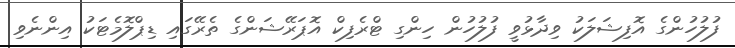
ފުލުހުންގެ އޮފިޝަލަކު ވިދާޅުވީ ފުލުހުން ހިންގި ޓްރެފިކް އޮޕަރޭޝަންގެ ތެރޭގައި ޑިޕްލޮމެޓަކު އިންނެވި